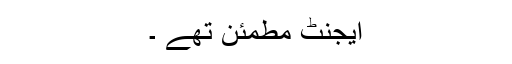
ایجنٹ مطمئن تھے ۔